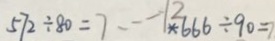
5 7 2 \div 8 0 = 7 \cdots - 1 2 \ast 6 6 6 \div 9 0 = 7